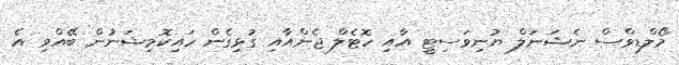
މޯލްޑިވްސް ނެޝަނަލް ޔުނިވަސިޓީ އާއި ހޮޓެލް ޖެންއާއި ގުޅިގެން ހައިކޮމިޝަނުން ބޭއްވި އެ